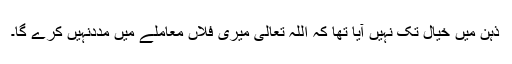
ذہن میں خیال تک نہیں آیا تھا کہ اللہ تعالیٰ میری فلاں معاملے میں مددنہیں کرے گا۔